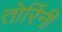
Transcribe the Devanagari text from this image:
तोर्रिनी